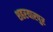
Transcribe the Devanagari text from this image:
शहरयारपुर